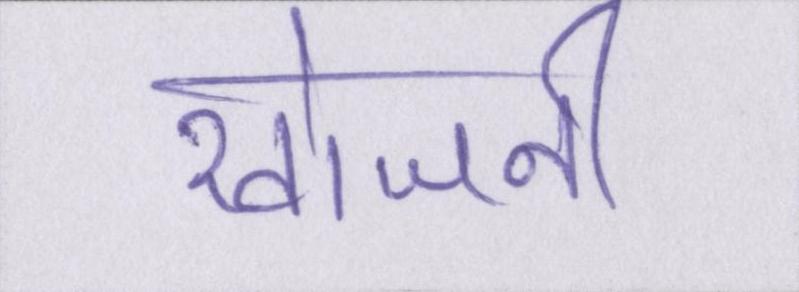
खोजनी